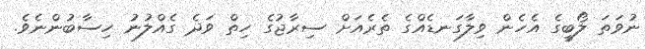
ނުވަތަ ލޯބީގެ އެހެން ވިލާގަނޑެއްގެ ތެރެއަށް ސިރާޖުގެ ހިތް ވަދެ ގެއްލުނު ހިސާބުންނެވެ.